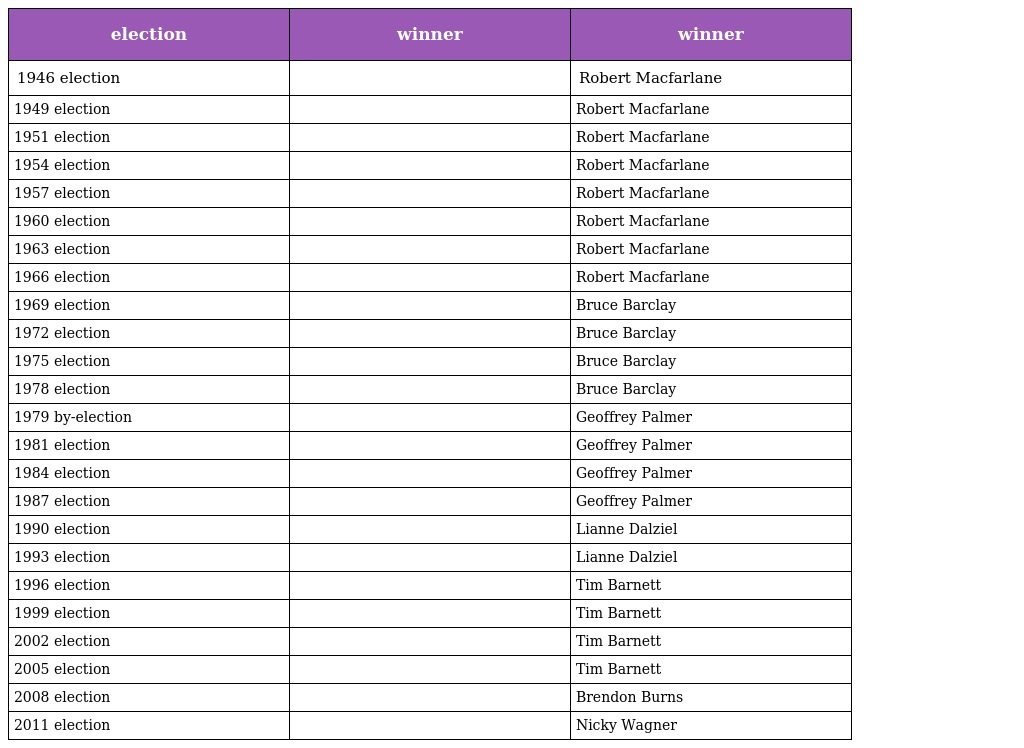
| election | winner | winner |
 | --- | --- | --- |
 | 1946 election |  | Robert Macfarlane |
 | 1949 election |  | Robert Macfarlane |
 | 1951 election |  | Robert Macfarlane |
 | 1954 election |  | Robert Macfarlane |
 | 1957 election |  | Robert Macfarlane |
 | 1960 election |  | Robert Macfarlane |
 | 1963 election |  | Robert Macfarlane |
 | 1966 election |  | Robert Macfarlane |
 | 1969 election |  | Bruce Barclay |
 | 1972 election |  | Bruce Barclay |
 | 1975 election |  | Bruce Barclay |
 | 1978 election |  | Bruce Barclay |
 | 1979 by-election |  | Geoffrey Palmer |
 | 1981 election |  | Geoffrey Palmer |
 | 1984 election |  | Geoffrey Palmer |
 | 1987 election |  | Geoffrey Palmer |
 | 1990 election |  | Lianne Dalziel |
 | 1993 election |  | Lianne Dalziel |
 | 1996 election |  | Tim Barnett |
 | 1999 election |  | Tim Barnett |
 | 2002 election |  | Tim Barnett |
 | 2005 election |  | Tim Barnett |
 | 2008 election |  | Brendon Burns |
 | 2011 election |  | Nicky Wagner |